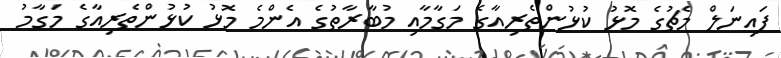
ފައިނަލް މެޗުގެ މޮޅު ކުޅުންތެރިއާގެ މަގާމާއި މުބާރާތުގެ އެންމެ މޮޅު ކުޅުންތެރިއާގެ މަގާމު